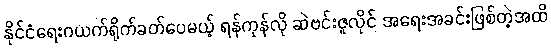
နိုင်ငံရေးဂယက်ရိုက်ခတ်ပေမယ့် ရန်ကုန်လို ဆဲဗင်းဇူလိုင် အရေးအခင်းဖြစ်တဲ့အထိ